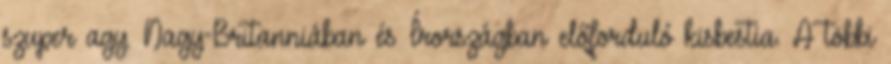
szuper agy. Nagy-Britanniában és Írországban előforduló kisbestia. A többi